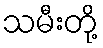
သမီးတို့